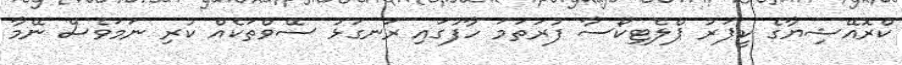
ކްރޮއޭޝިޔާގެ ކީޕަރު ޕްލެޓިކޯސާ ފުރަތަމަ ހާފުގައި ރަނގަޅު ސޭވްތަކެއް ކުރި ނަމަވެސް ނޭމާ